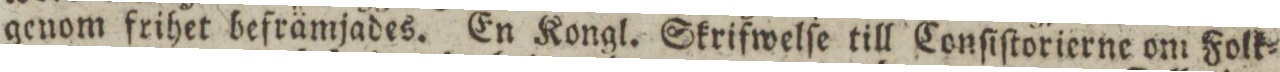
genom frihet befrämjades. En Kongl. Skrifwelſe till Conſiſtorierne om Folk=